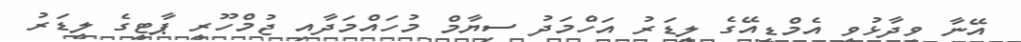
އޭނާ ވިދާޅުވީ އެމްޑީއޭގެ ލީޑަރު އަހްމަދު ސިޔާމް މުހައްމަދާއި ޖުމްހޫރީ ޕާޓީގެ ލީޑަރު